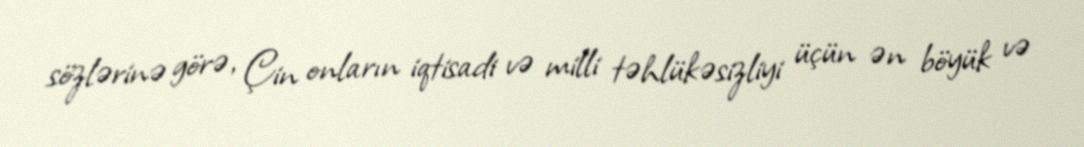
sözlərinə görə, Çin onların iqtisadi və milli təhlükəsizliyi üçün ən böyük və